Civil Veterinary Dept. Bombay admin report 1907-1913 - 1907-1913
Year: 1907
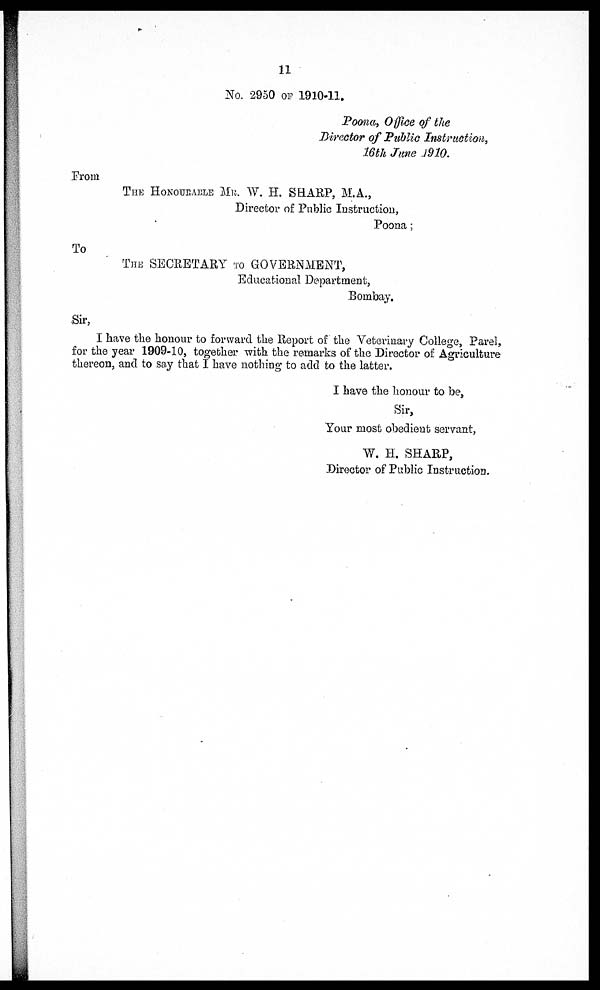
11
No. 2950 OF 1910-11.
Poana, Office of the Director of Public Instruction, 16th June 1910.
From
THE HONOURABLE Mr,. W. H. SHARP, M.A.,
Director of Public Instruction,
Poona ;
To
THE SECRETARY TO GOVERNMENT,
Educational Department,
Bombay.
Sir,
I have the honour to forward the Report of the Veterinary College, Parel, for the year 1909-10, together with the remarks of the
I have the honour to be,
Sir, Your most obedient servant,
W. H. SHARP, Director of Public Instruction